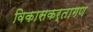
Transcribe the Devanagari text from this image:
विकासकर्तागण